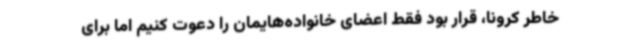
خاطر کرونا، قرار بود فقط اعضای خانواده‌هایمان را دعوت کنیم اما برای